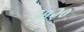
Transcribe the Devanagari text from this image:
३०२०